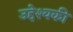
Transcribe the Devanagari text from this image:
उद्देश्यकी